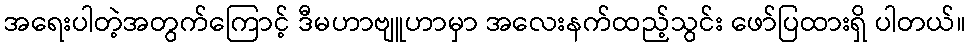
အရေးပါတဲ့အတွက်ကြောင့် ဒီမဟာဗျူဟာမှာ အလေးနက်ထည့်သွင်း ဖော်ပြထားရှိ ပါတယ်။